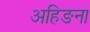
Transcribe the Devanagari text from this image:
अहिङना